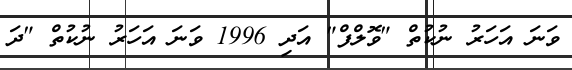
ވަނަ އަހަރު ނުކުތް "ވޮލްފް" އަދި 1996 ވަނަ އަހަރު ނުކުތް "ދަ